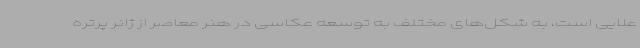
علایی است، به شکل‌های مختلف به توسعه عکاسی در هنر معاصر از ژانر پرتره